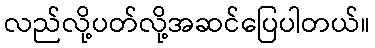
လည်လို့ပတ်လို့အဆင်ပြေပါတယ်။